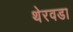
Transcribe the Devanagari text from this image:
थेरवडा